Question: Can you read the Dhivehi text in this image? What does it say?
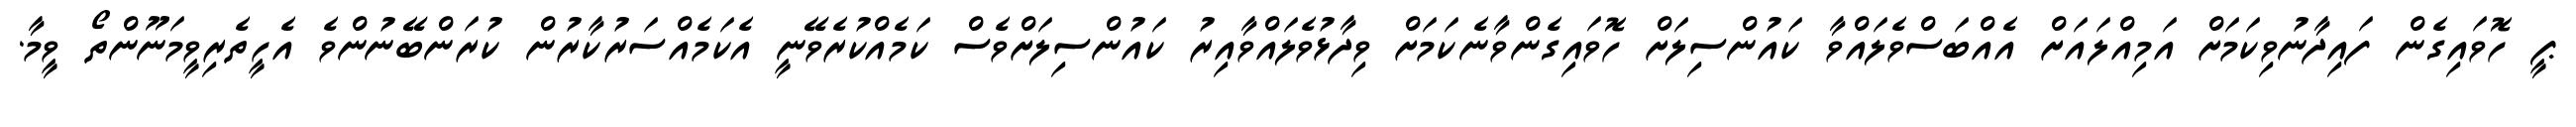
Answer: ޕީ ހޮވައިގެން ފައިދާނުވިކަމަށް އަމިއްލައަށް އެއްބަސްވެލައްވާ ކައުންސިލަށް ހޮވައިގެންވާނެކަމަށް ވިދާޅުވެލައްވާއިރު ކައުންސިލަށްވެސް ކަމެއްކުރެވޭނީ އެކަމެއްސަރުކާރުން ކުރަންބޭނުންވެ އެހީތެރިވީމަނޫންތޯ ވީމާ.